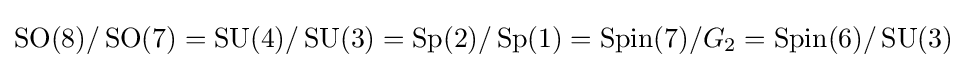
\operatorname {SO} (8)/\operatorname {SO} (7)=\operatorname {SU} (4)/\operatorname {SU} (3)=\operatorname {Sp} (2)/\operatorname {Sp} (1)=\operatorname {Spin} (7)/G_{2}=\operatorname {Spin} (6)/\operatorname {SU} (3)